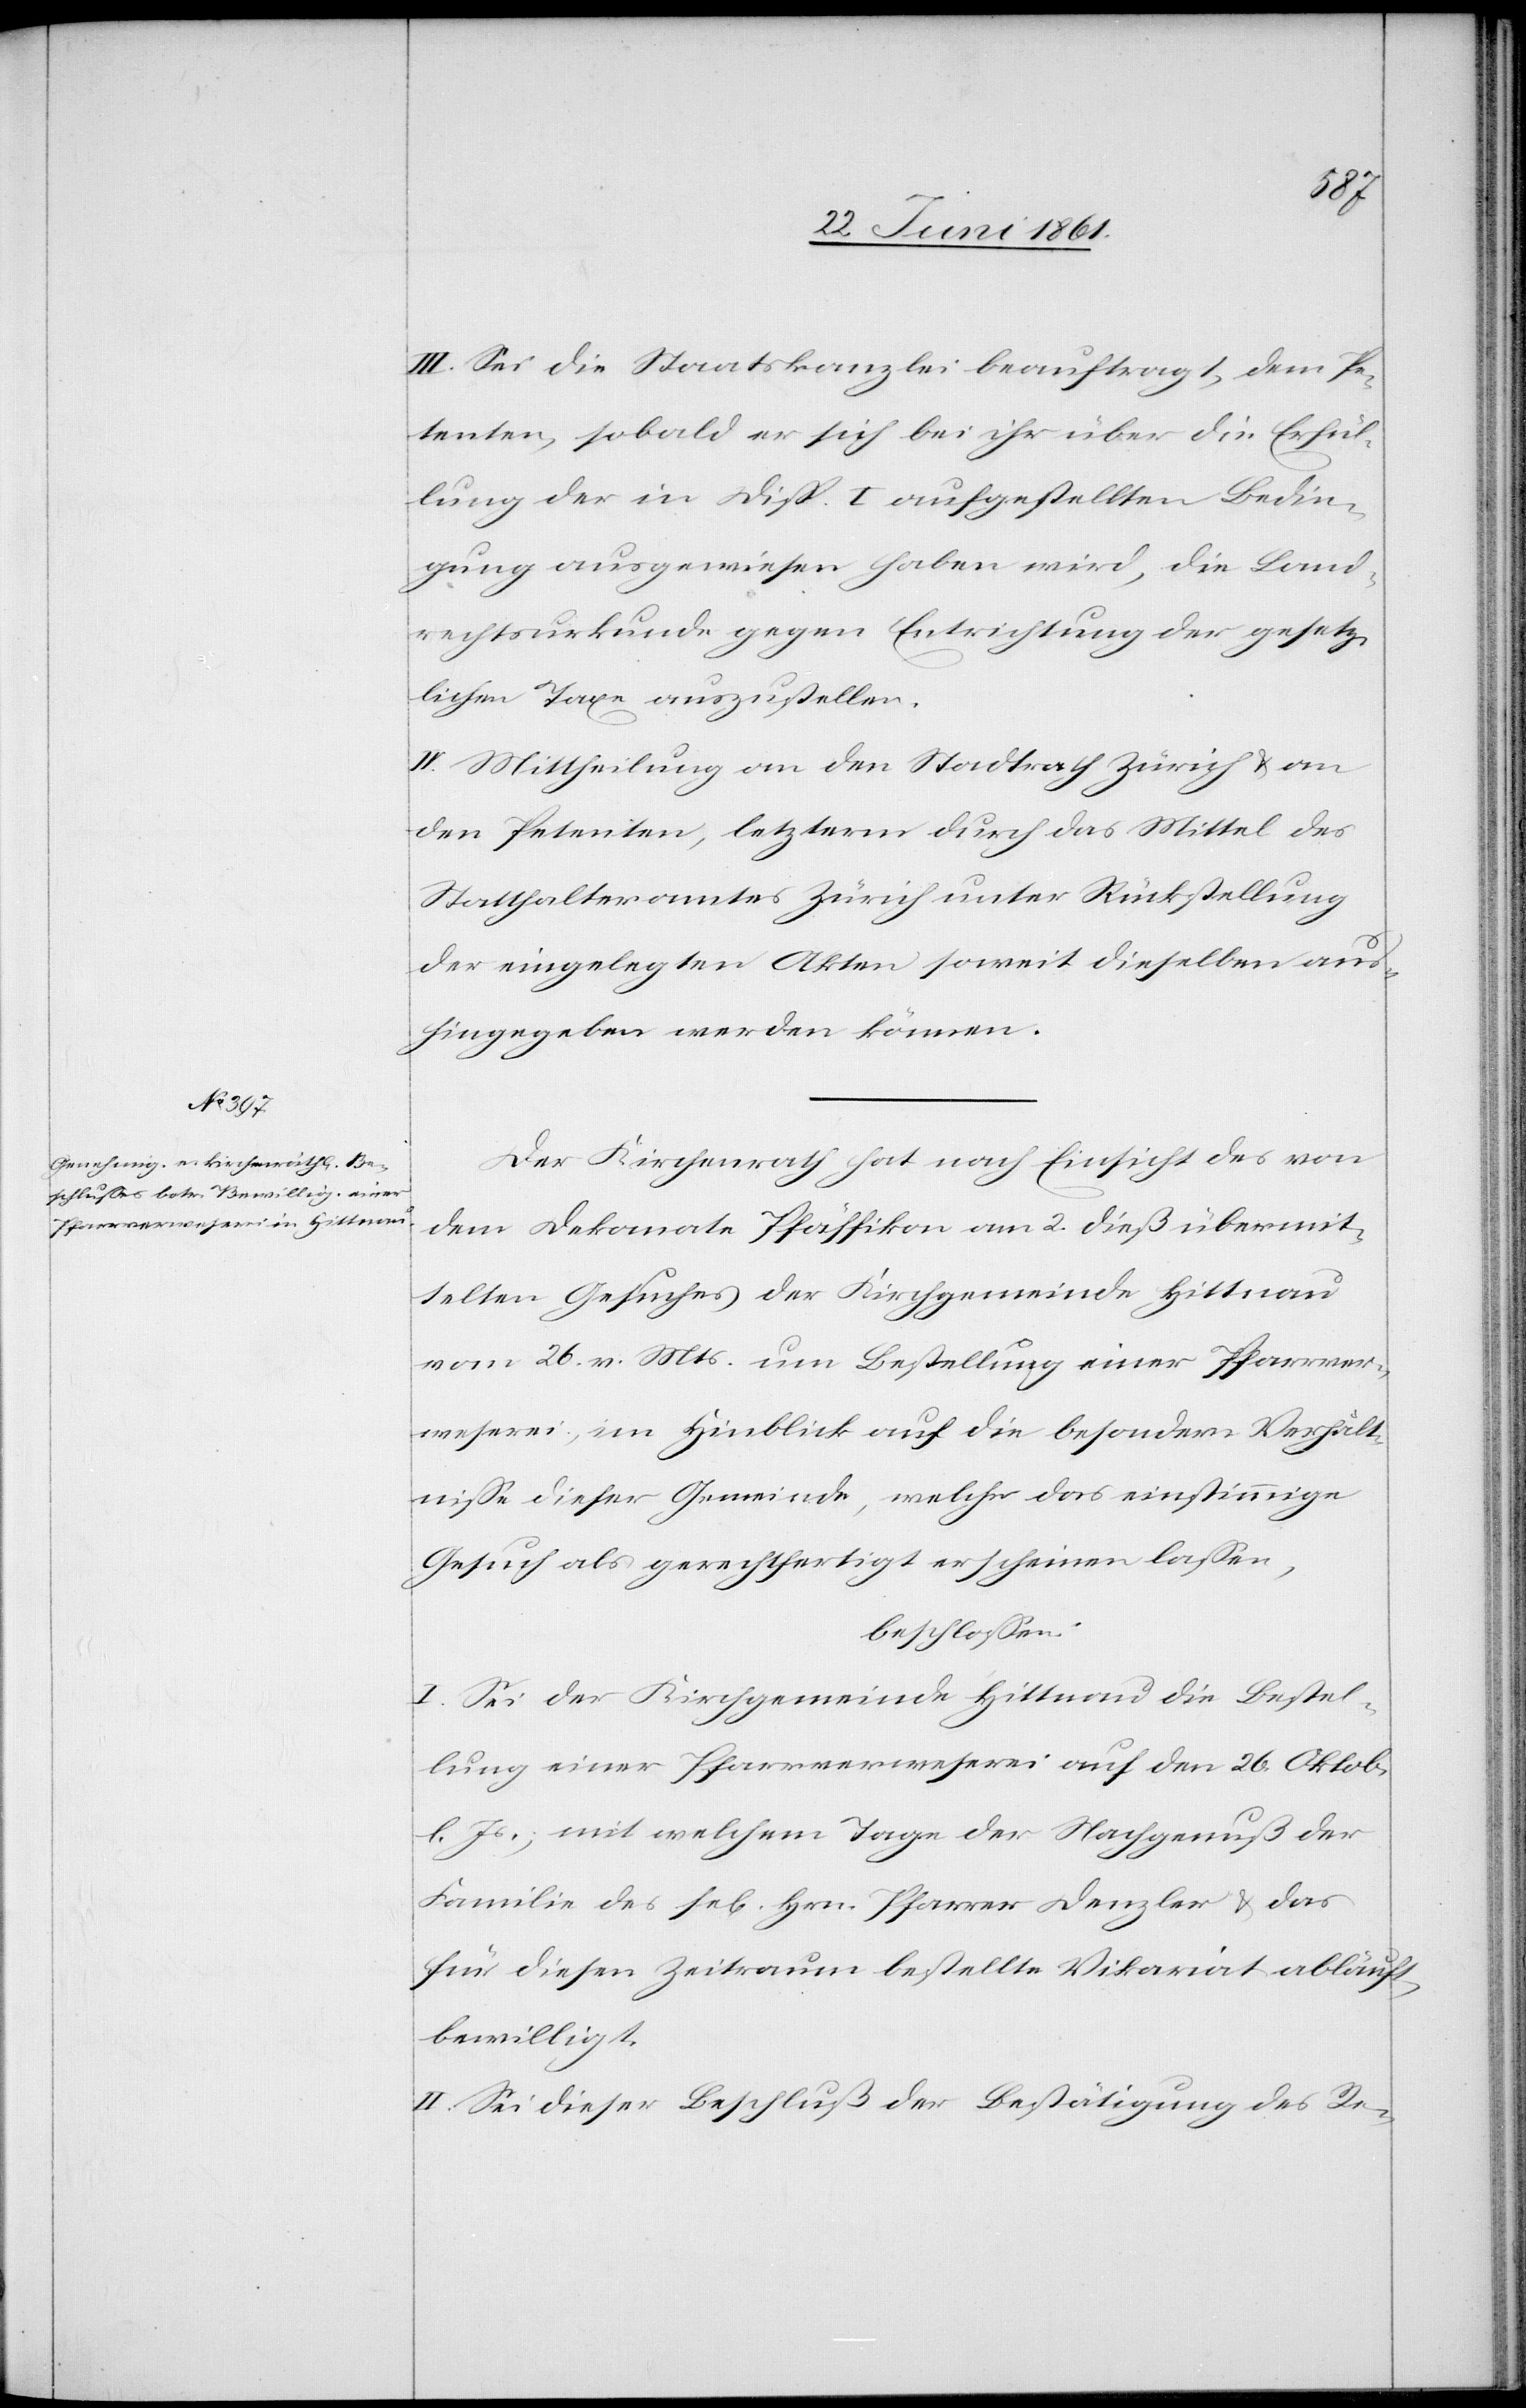
III. Sei die Staatskanzlei beauftragt, dem Pe¬
tenten, sobald er sich bei ihr über die Erfül¬
lung der in Disp. I. aufgestellten Bedin¬
gung ausgewiesen haben wird, die Land¬
rechtsurkunde gegen Entrichtung der gesetz¬
lichen Taxe auszustellen.
IV. Mittheilung an den Stadtrath Zürich u. an
den Petenten, letzterm durch das Mittel des
Statthalteramtes Zürich unter Rückstellung
der eingelegten Akten soweit dieselben aus¬
hingegeben werden können.
Der Kirchenrath hat nach Einsicht des von
dem Dekanate Pfäffikon am 2. dieß übermit¬
telten Gesuches der Kirchgemeinde Hittnau
vom 26. v. Mts. um Bestellung einer Pfarrver¬
weserei, im Hinblick auf die besondern Verhält¬
nisse dieser Gemeinde, welche das einstimmige
Gesuch als gerechtfertigt erscheinen lassen,
beschlossen:
I. Sei der Kirchgemeinde Hittnau die Bestel¬
lung einer Pfarrverweserei auf den 26. Oktob.
l. Js., mit welchem Tage der Nachgenuß der
Familie des se[ligen] Hrn. Pfarrer Denzler u. das
für diesen Zeitraum bestellte Vikariat abläuft,
bewilligt.
II. Sei dieser Beschluß der Bestätigung des Re-